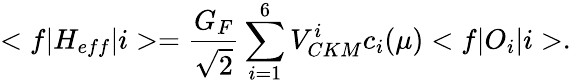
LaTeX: <f|H_{eff}|i>={\frac{G_{F}}{\sqrt 2}}\sum_{i=1}^{6}V_{CKM}^{i}c_{i}(\mu)<f|O_{i}|i>.